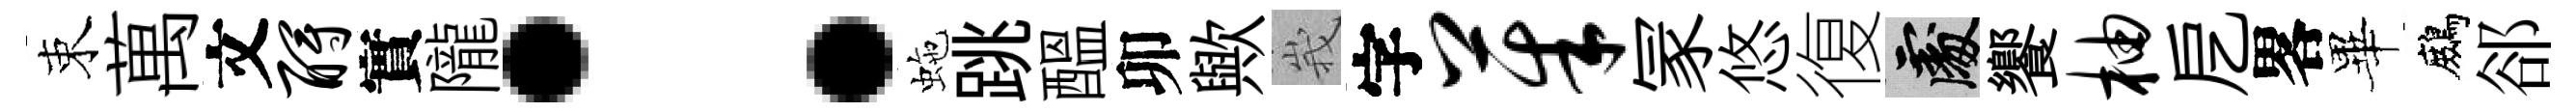
束萬文酹實隴：虵跳醖卯歟峩字茱冡悠復處饗柚戹畧畢鷓郤